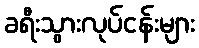
ခရီးသွားလုပ်ငန်းများ